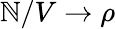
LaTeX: \mathbb{N}/V\to\rho